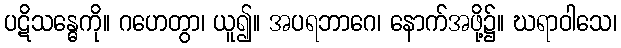
ပဋိသန္ဓေကို။ ဂဟေတွာ၊ ယူ၍။ အပရဘာဂေ၊ နောက်အဖို့၌။ ဃရာဝါသေ၊